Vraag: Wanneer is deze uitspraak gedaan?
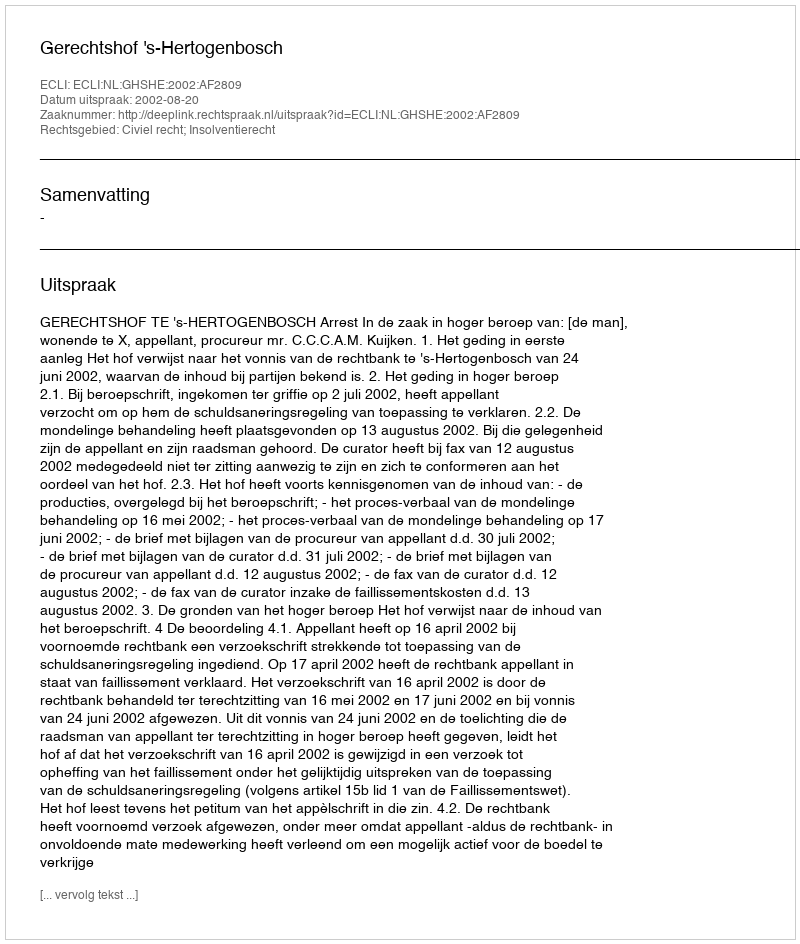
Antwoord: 2002-08-20